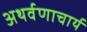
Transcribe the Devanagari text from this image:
अथर्वणाचार्य